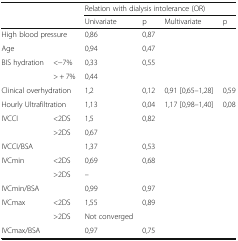
<table><thead><tr><td></td><td></td><td colspan="4"><b>Relation with dialysis intolerance (OR)</b></td></tr><tr><td></td><td></td><td><b>Univariate</b></td><td><b>p</b></td><td><b>Multivariate</b></td><td><b>p</b></td></tr></thead><tbody><tr><td colspan="2">High blood pressure</td><td>0,86</td><td>0,87</td><td></td><td></td></tr><tr><td>Age</td><td></td><td>0,94</td><td>0,47</td><td></td><td></td></tr><tr><td>BIS hydration</td><td>&lt;−7%</td><td>0,33</td><td>0,55</td><td></td><td></td></tr><tr><td></td><td>&gt; + 7%</td><td>0,44</td><td></td><td></td><td></td></tr><tr><td colspan="2">Clinical overhydration</td><td>1,2</td><td>0,12</td><td>0,91 [0,65–1,28]</td><td>0,59</td></tr><tr><td colspan="2">Hourly Ultrafiltration</td><td>1,13</td><td>0,04</td><td>1,17 [0,98–1,40]</td><td>0,08</td></tr><tr><td>IVCCI</td><td>&lt;2DS</td><td>1,5</td><td>0,82</td><td></td><td></td></tr><tr><td></td><td>&gt;2DS</td><td>0,67</td><td></td><td></td><td></td></tr><tr><td>IVCCI/BSA</td><td></td><td>1,37</td><td>0,53</td><td></td><td></td></tr><tr><td>IVCmin</td><td>&lt;2DS</td><td>0,69</td><td>0,68</td><td></td><td></td></tr><tr><td></td><td>&gt;2DS</td><td>–</td><td></td><td></td><td></td></tr><tr><td>IVCmin/BSA</td><td></td><td>0,99</td><td>0,97</td><td></td><td></td></tr><tr><td>IVCmax</td><td>&lt;2DS</td><td>1,55</td><td>0,89</td><td></td><td></td></tr><tr><td></td><td>&gt;2DS</td><td>Not converged</td><td></td><td></td><td></td></tr><tr><td>IVCmax/BSA</td><td></td><td>0,97</td><td>0,75</td><td></td><td></td></tr></tbody></table>